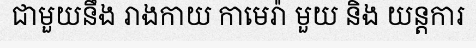
ជាមួយនឹង រាងកាយ កាមេរ៉ា មួយ និង យន្តការ